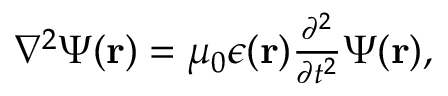
\begin{array} { r } { \nabla ^ { 2 } \Psi ( { \bf r } ) = \mu _ { 0 } \epsilon ( { \bf r } ) \frac { \partial ^ { 2 } } { \partial t ^ { 2 } } \Psi ( { \bf r } ) , } \end{array}